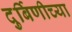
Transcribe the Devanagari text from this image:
दुर्बिणीच्‍या